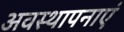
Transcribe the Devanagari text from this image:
अवस्थापनाएं